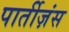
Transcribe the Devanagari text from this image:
पार्तीज़ंस